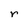
Character: r